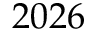
2 0 2 6